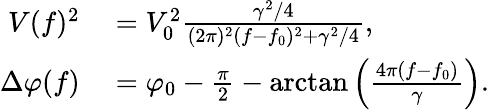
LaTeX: \begin{array}{rl}{V(f)^{2}}&{{}=V_{0}^{2}\frac{\gamma^{2}/4}{(2\pi)^{2}(f-f_{0})^{2}+\gamma^{2}/4},}\\ {\Delta\varphi(f)}&{{}=\varphi_{0}-\frac{\pi}{2}-\arctan\left(\frac{4\pi(f-f_{0})}{\gamma}\right).}\end{array}